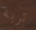
تربة